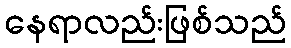
နေရာလည်းဖြစ်သည်